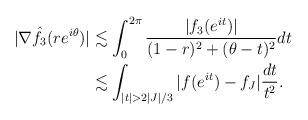
LaTeX: \begin{align*} |\nabla \hat{f_{3}}(re^{i\theta})|&\lesssim\int_{0}^{2\pi}\frac{|f_{3}(e^{it})|}{(1-r)^{2}+(\theta-t)^{2}}dt\\&\lesssim \int_{|t|>2|J|/3}|f(e^{it})-f_{J}|\frac{dt}{t^{2}}.\end{align*}